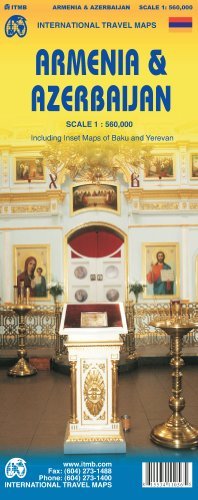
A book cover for Armenia & Azerbaijan 1:560,000 Travel Map with street plans ITMB; ITMB; Travel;